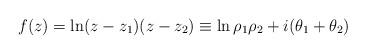
LaTeX: \begin{align*}f(z)=\ln(z-z_1)(z-z_2)\equiv \ln\rho_1\rho_2+i(\theta_1+\theta_2)\end{align*}